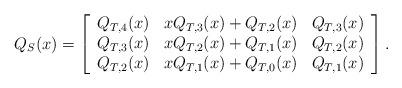
LaTeX: \begin{align*}Q_{S}(x)=\left[ \begin{array}{ccc}Q_{T,4}(x) & xQ_{T,3}(x)+Q_{T,2}(x) & Q_{T,3}(x) \\ Q_{T,3}(x) & xQ_{T,2}(x)+Q_{T,1}(x) & Q_{T,2}(x) \\ Q_{T,2}(x) & xQ_{T,1}(x)+Q_{T,0}(x) & Q_{T,1}(x)\end{array}\right].\end{align*}